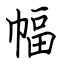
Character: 幅